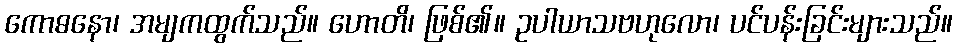
ကောဓနော၊ အမျကထွက်သည်။ ဟောတိ၊ ဖြစ်၏။ ဥပါယာသဗဟုလော၊ ပင်ပန်းခြင်းများသည်။